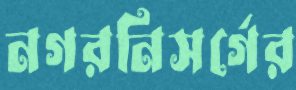
নগরনিসর্গের